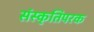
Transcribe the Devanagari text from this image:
संस्कृतिपरक